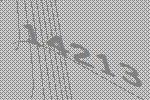
14213